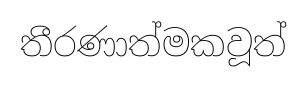
තීරණාත්මකවූත්